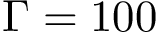
\Gamma = 1 0 0